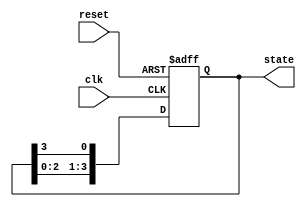
module ring_counter (
    input wire clk,            // Clock input
    input wire reset,          // Reset input
    output reg [3:0] state     // 4-bit output representing the current state
);

// Sequential logic for the ring counter
always @(posedge clk or posedge reset) begin
    if (reset) begin
        // On reset, initialize to State 0
        state <= 4'b0001;      // Set to 0001 (State 0)
    end else begin
        // Shift the '1' through the flip-flops in a circular manner
        state <= {state[2:0], state[3]}; // Shift left and wrap around
    end
end

endmodule